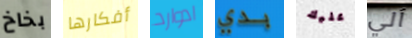
بخاخ أفكارها ادوارد بدي عليك آلي